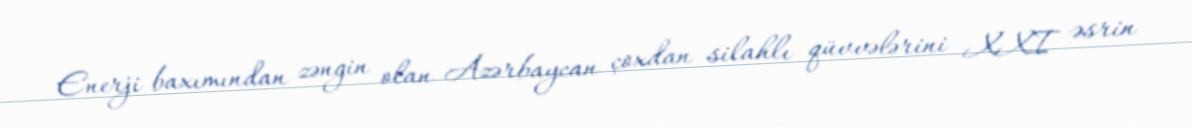
Enerji baxımından zəngin olan Azərbaycan çoxdan silahlı qüvvələrini XXI əsrin